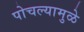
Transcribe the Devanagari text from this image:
पोचल्यामुळे